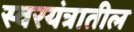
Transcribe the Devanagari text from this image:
स्वरयंत्रातील